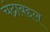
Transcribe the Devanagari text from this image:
चंद्राबद्दल